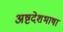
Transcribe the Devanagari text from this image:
अष्टदेशभाषा